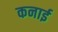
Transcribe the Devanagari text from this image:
कनाई